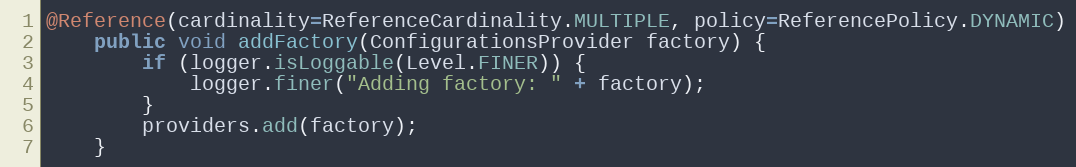
Language: Java
@Reference(cardinality=ReferenceCardinality.MULTIPLE, policy=ReferencePolicy.DYNAMIC)
	public void addFactory(ConfigurationsProvider factory) {
		if (logger.isLoggable(Level.FINER)) {
			logger.finer("Adding factory: " + factory);
		}
		providers.add(factory);
	}